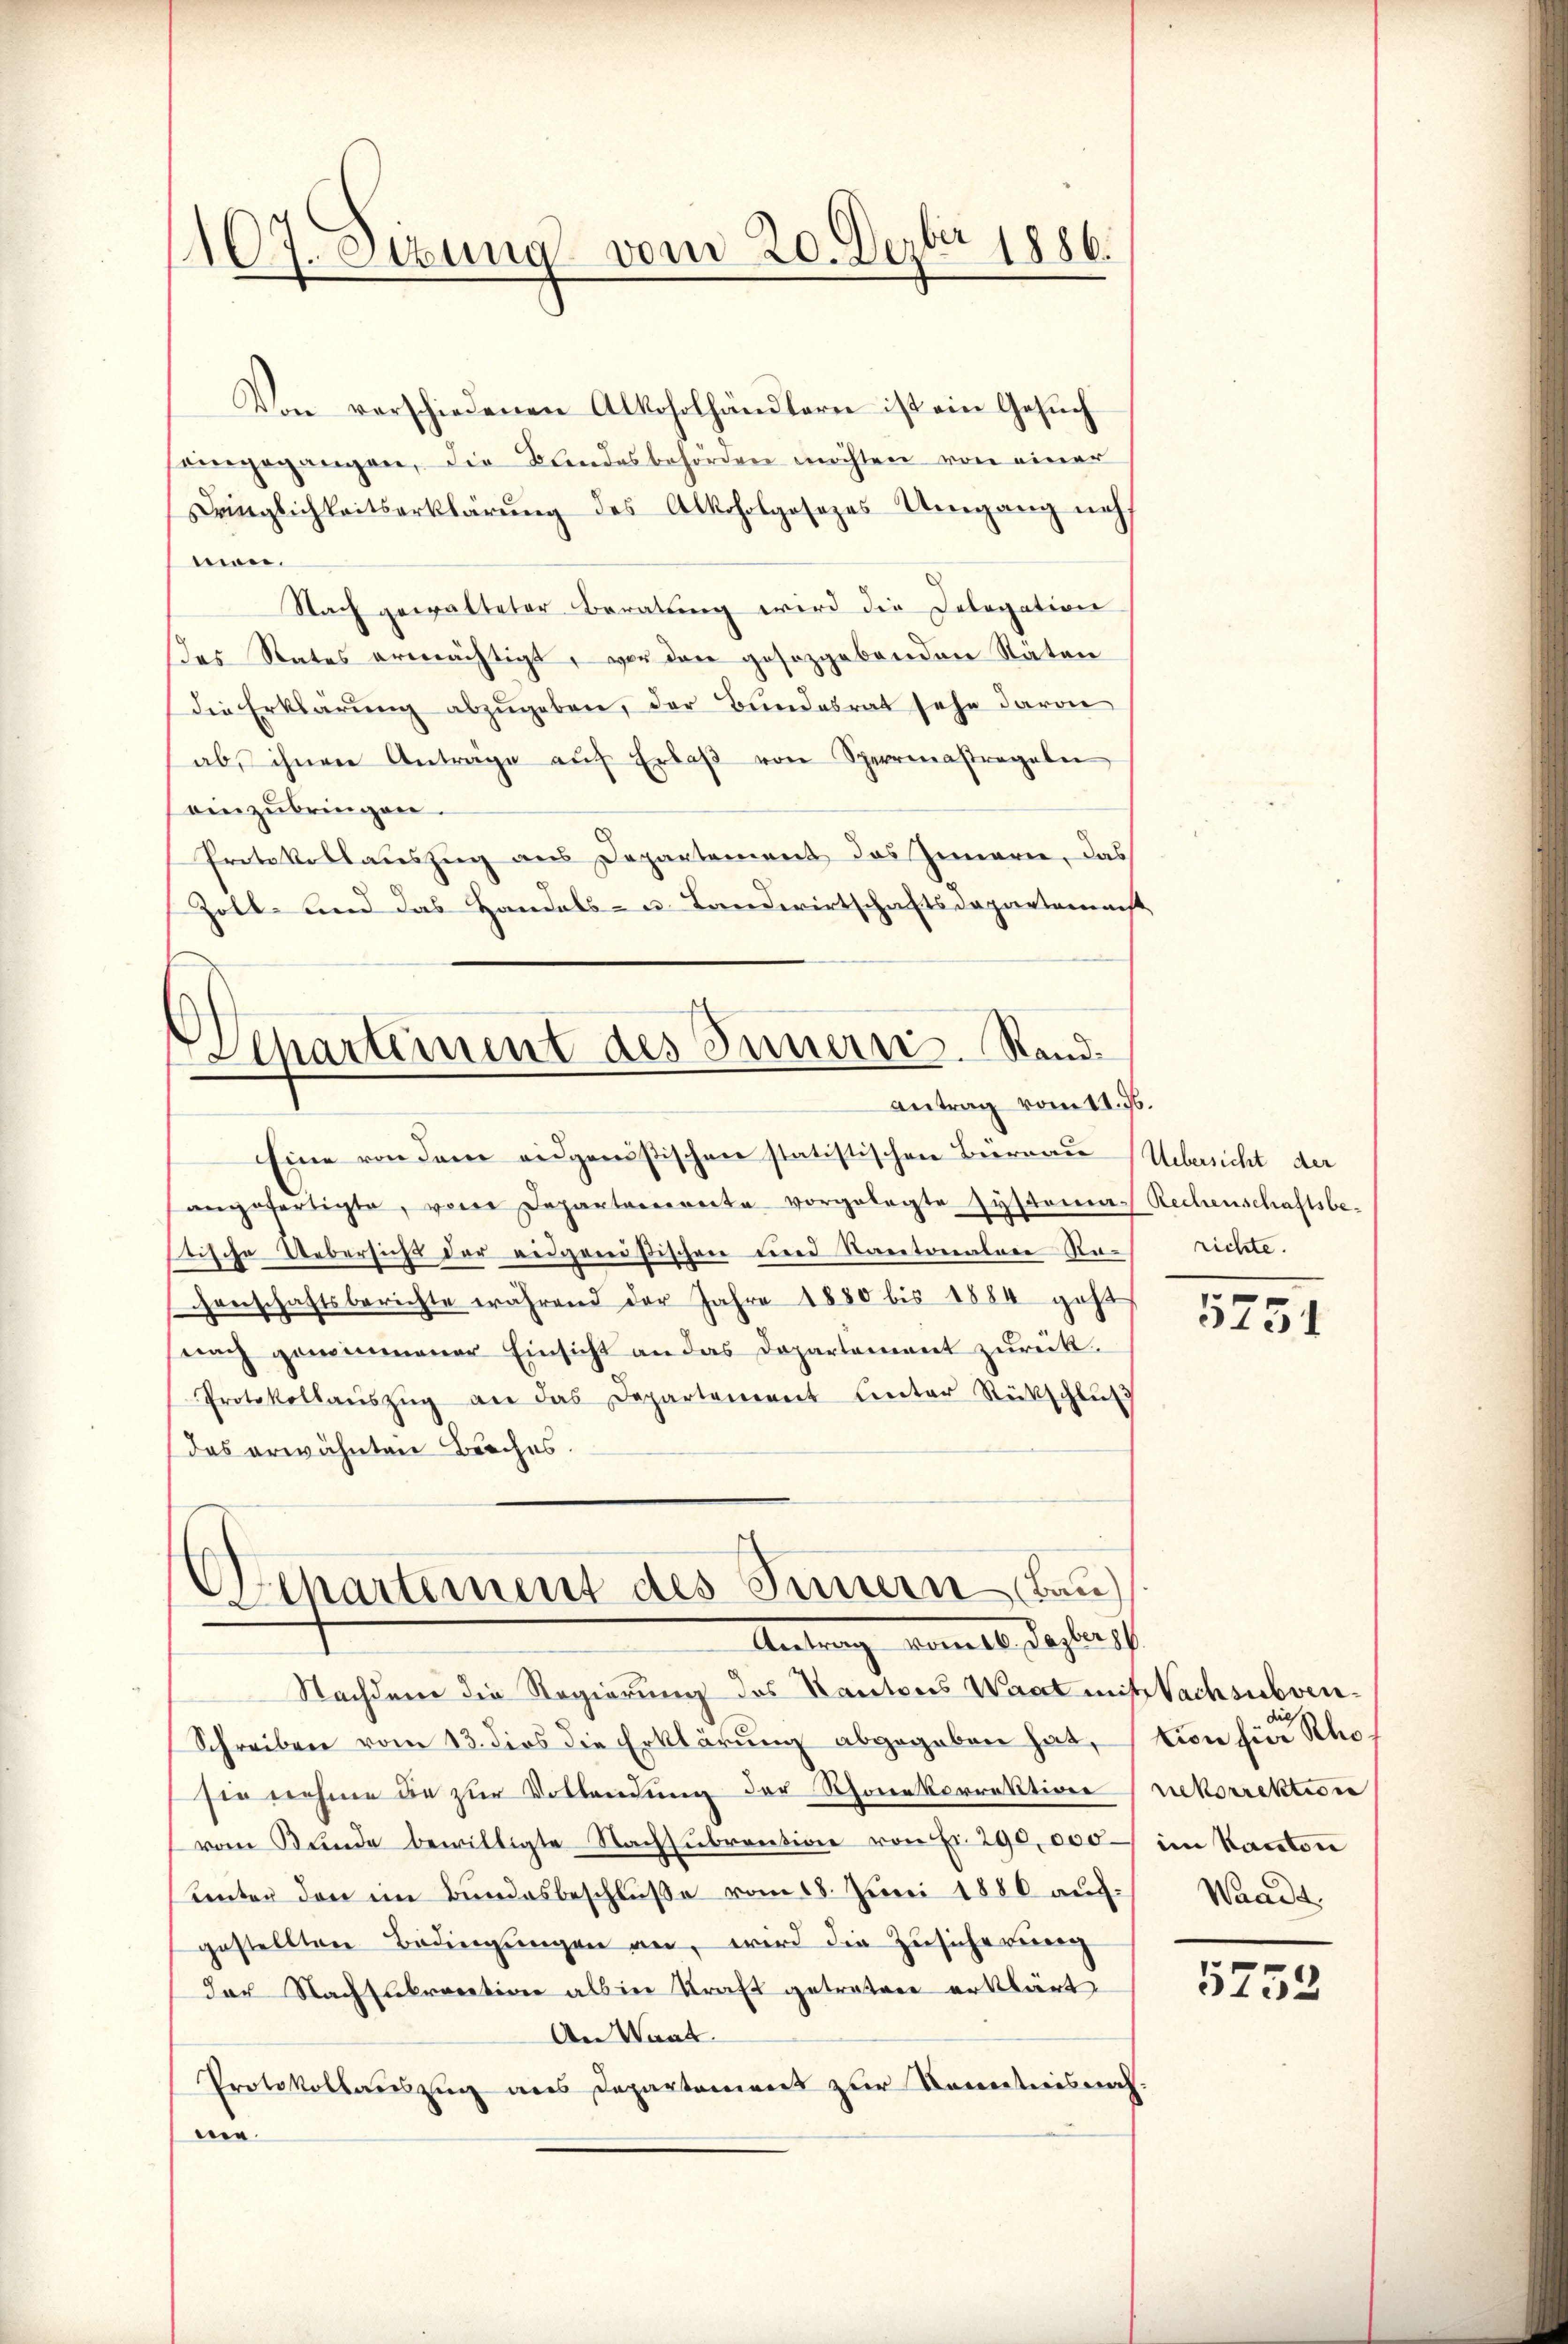
107. Sitzung vom 20. Dezbr 1886.

Von vorschiedenen Alkoholhändlern ist ein Gesuch
eingegangen, die Blindesbehörden möchten von einer
Dringlichkeitserklärung des Alkoholgosezes Umgang nicht
mon.
Nach gewalteter Beratung wird die Delegation
das States ermächtigt, vor den gesetzgebenden Räten
Die Erklärung abzugeben, der Bundesrat sehe davon
ab ihnen Anträge aŭf Erlaβ von Sperrasregeln
einzŭbringen.
Protokollauszug aus Departement das Innern, das
Zoll- und das Handels- u. Landwirtschaftsdepartemenst
Eine von dem eidgenößischen statistischen Büreau
angefertigte, von Departemente vorgelegte systema-Rechenschaftsbe-
stische Uebersicht der eidgenößischen und Kantonalen Rachenschaftsberichte während der Jahre 1880 bis 1884 geht
nach gewinnener Einsicht an das Dopartement zurück.
Protokollaŭszŭg an das Departement unter Rückschlŭβ
das erwähnten Broches.
Departement des Innern Bau
Antrag vom lt. Darleh
Nachdem die Regierung des Kantons Wart mit Nachsubven¬
Schreiben vom 13. dies die Erklärung abgegeben hat,
sie nehme die zur Vollendung der Schonekorrektion
vom Bunde bewilligte Nachsŭbrention von Fr. 290,000
Unter den im Bundesbeschluße vom 18. Juni 1880 auf.
gestellten Bedingŭngen an, wird die Zusicherung
der Nachsakraction als in Kraft getreten erklärt
An Waad
Protokollauszug aus Departement zur Kenntnis nach.
me.

Apartement des Innern. Rand.
antrag vom 11. 36.

Uebersicht der
richte.

5751

tion hier ho
rekorrektion
im Kanton
Waadt.

5753